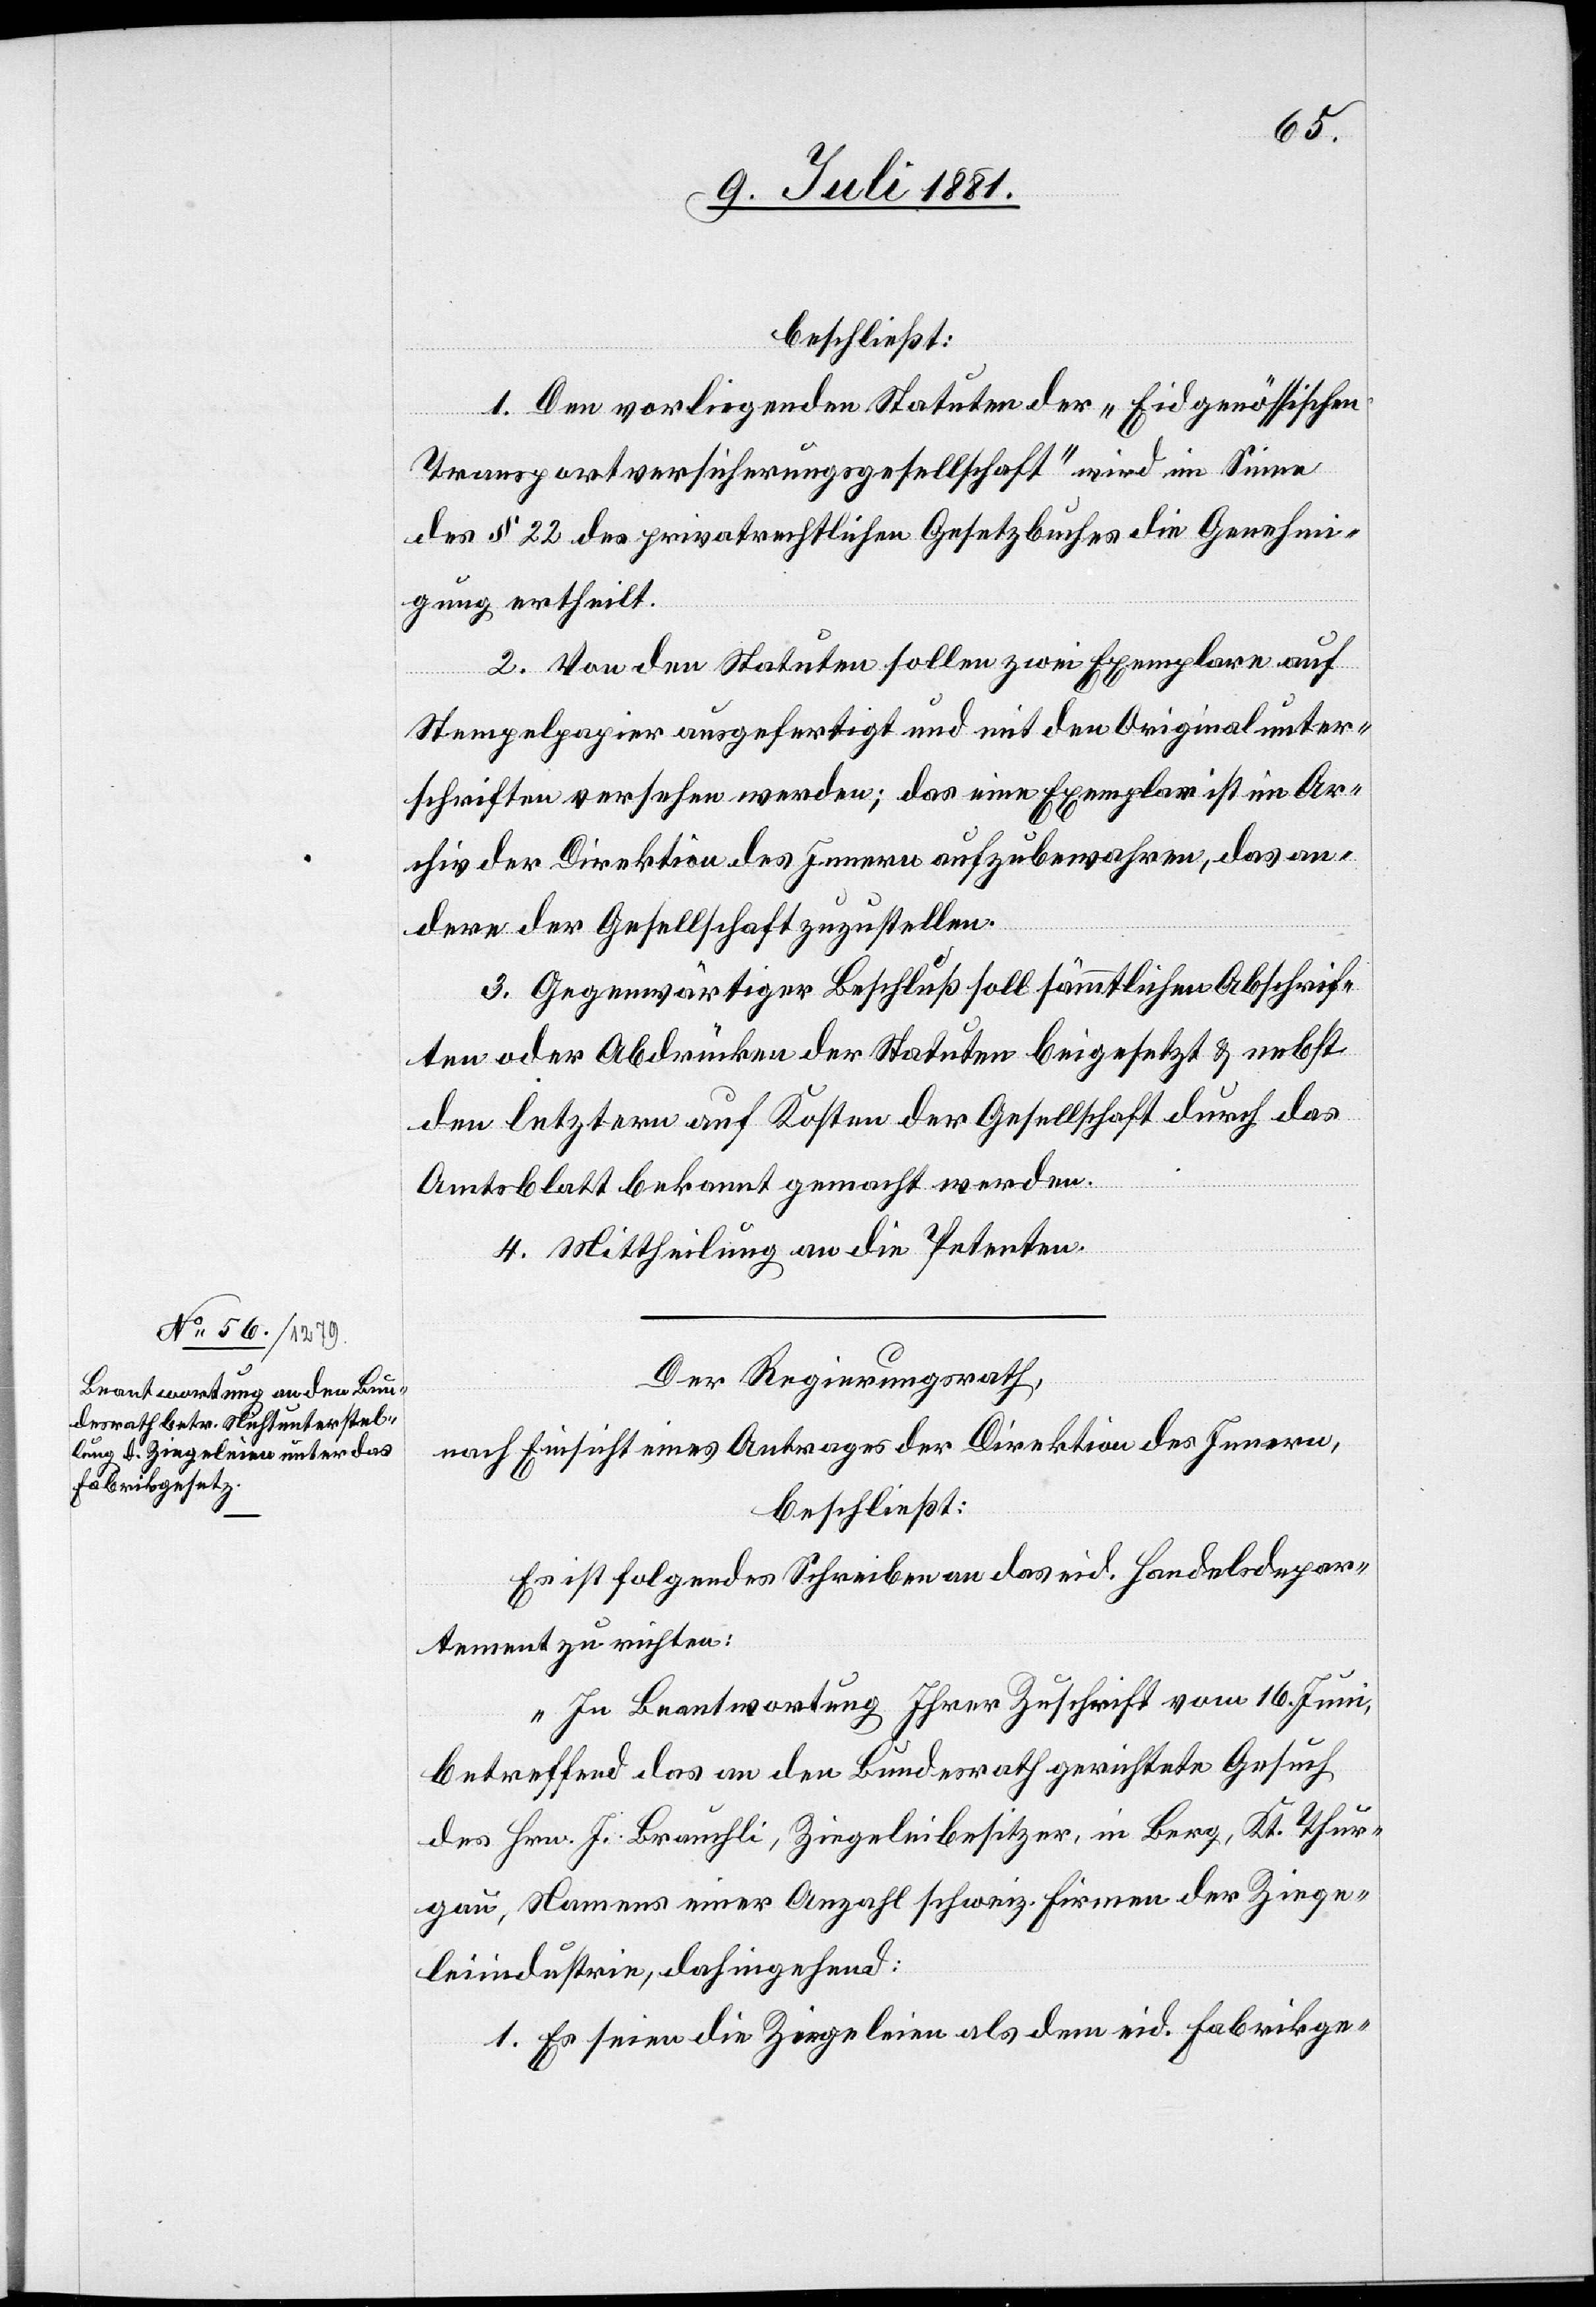
beschließt:
1. Den vorliegenden Statuten der „Eidgenössischen
Transportversicherungsgesellschaft“ wird im Sinne
des § 22 des privatrechtlichen Gesetzbuches die Genehmi¬
gung ertheilt.
2. Von den Statuten sollen zwei Exemplare auf
Stempelpapier ausgefertigt und mit den Originalunter¬
schriften versehen werden; das eine Exemplar ist im Ar¬
chiv der Direktion des Innern aufzubewahren, das an¬
dere der Gesellschaft zuzustellen.
3. Gegenwärtiger Beschluß soll sämmtlichen Abschrif¬
ten oder Abdrücken der Statuten beigesetzt & nebst
den letztern auf Kosten der Gesellschaft durch das
Amtsblatt bekannt gemacht werden.
4. Mittheilung an die Petenten.
Der Regierungsrath,
nach Einsicht eines Antrages der Direktion des Innern,
beschließt:
Es ist folgendes Schreiben an das eid. Handelsdepar¬
tement zu richten:
„In Beantwortung Ihrer Zuschrift vom 16. Juni,
betreffend das an den Bundesrath gerichtete Gesuch
des Hrn. J. Brauchli, Ziegeleibesitzer, in Berg, Kt. Thur¬
gau, Namens einer Anzahl schweiz. Firmen der Ziege¬
leiindustrie, dahingehend:
1. Es seien die Ziegeleien als dem eid. Fabrikge-